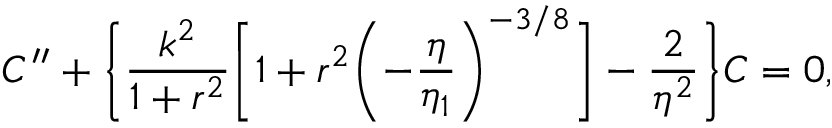
{ \cal C } ^ { \prime \prime } + \biggl \{ \frac { k ^ { 2 } } { 1 + r ^ { 2 } } \biggl [ 1 + r ^ { 2 } \biggl ( - \frac { \eta } { \eta _ { 1 } } \biggr ) ^ { - 3 / 8 } \biggr ] - \frac { 2 } { \eta ^ { 2 } } \biggr \} { \cal C } = 0 ,